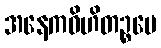
အနေကဝိဟိတဉ္စပေ